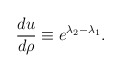
\begin{align*}{du\over d\rho}\equiv e^{\lambda_{2}-\lambda_{1}}.\end{align*}